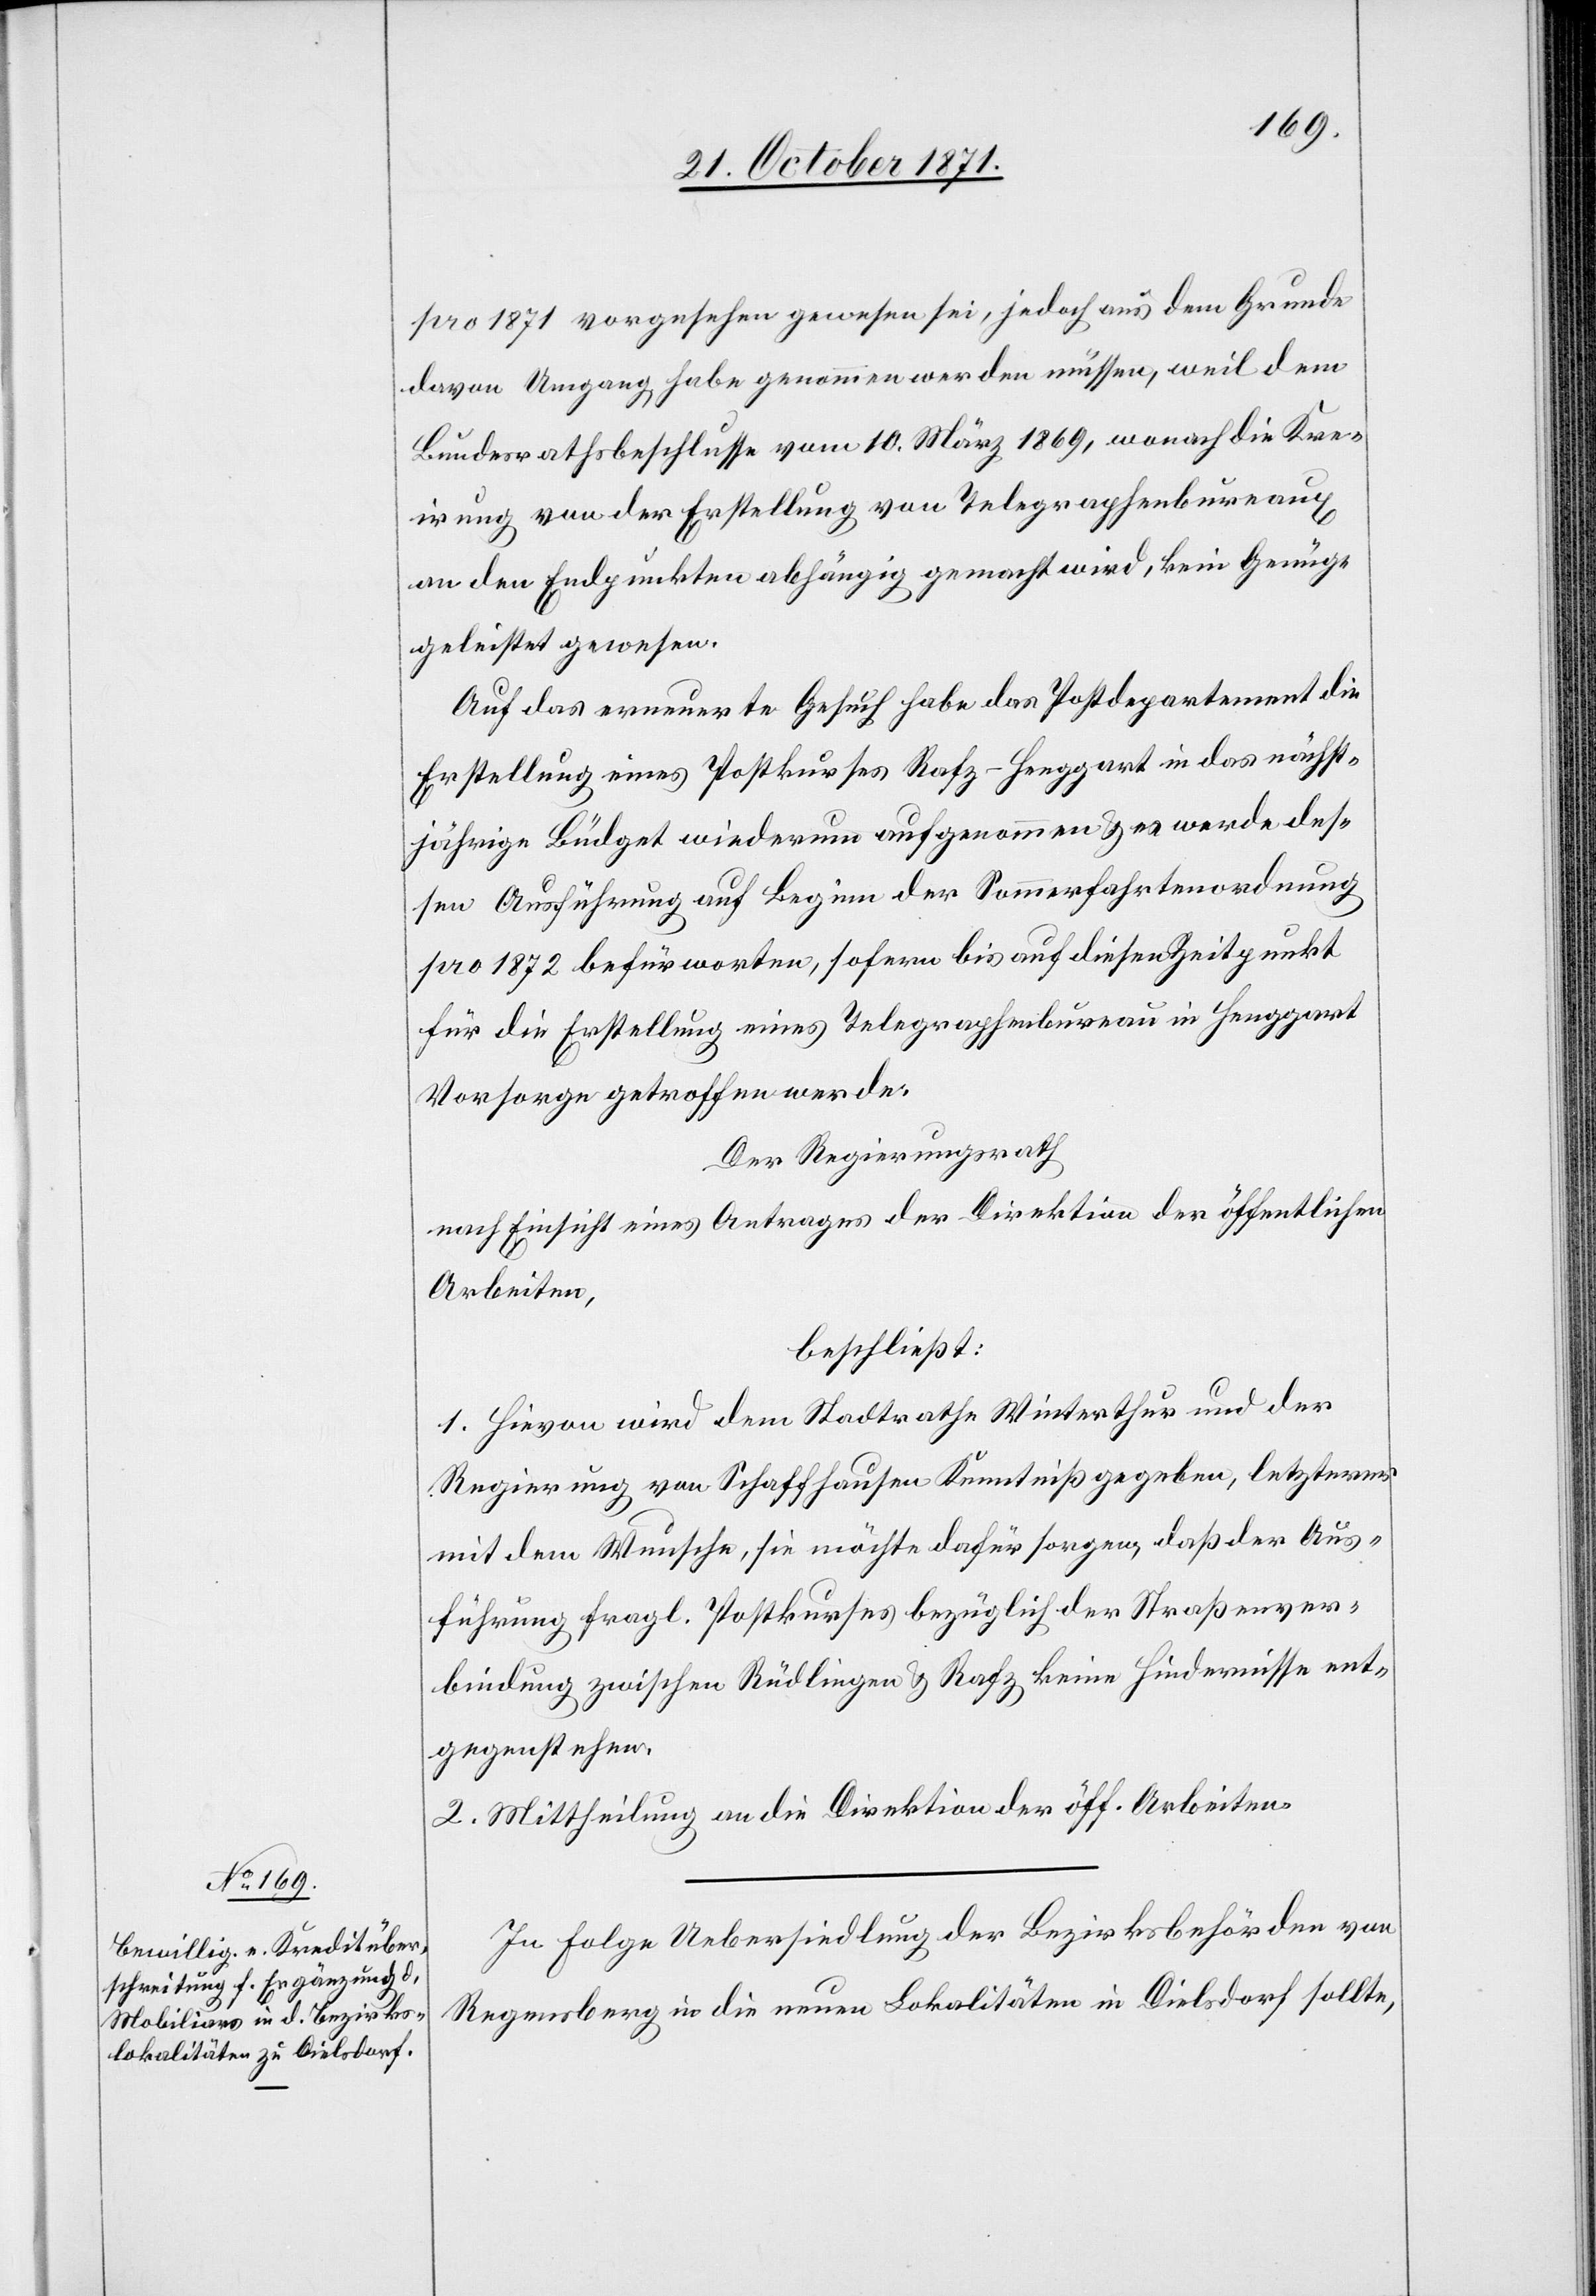
pro 1871 vorgesehen gewesen sei, jedoch aus dem Grunde
davon Umgang habe genommen werden müssen, weil dem
Bundesrathsbeschlusse vom 10. März 1869, wonach die Kre¬
irung von der Erstellung von Telegraphenbureaux
an den Endpunkten abhängig gemacht wird, kein Genüge
geleistet gewesen.
Auf das erneuerte Gesuch habe das Postdepartement die
Erstellung eines Postkurses Rafz–Henggart in das nächst¬
jährige Büdget wiederum aufgenommen & es werde des¬
sen Ausführung auf Beginn der Sommerfahrtenordnung
pro 1872 befürworten, sofern bis auf diesen Zeitpunkt
für die Erstellung eines Telegraphenbureau in Henggart
Vorsorge getroffen werde.
Der Regierungsrath
nach Einsicht eines Antrages der Direktion der öffentlichen
Arbeiten,
beschließt:
1. Hievon wird dem Stadtrath Winterthur und der
Regierung von Schaffhausen Kenntniß gegeben, letzterer
mit dem Wunsche, sie möchte dafür sorgen, daß der Aus¬
führung fragl. Postkurses bezüglich der Straßenver¬
bindung zwischen Rüdlingen & Rafz keine Hindernisse ent¬
gegenstehen.
2. Mittheilung an die Direktion der öff. Arbeiten.
In Folge Uebersiedlung der Bezirksbehörden von
Regensberg in die neuen Lokalitäten in Dielsdorf sollte,